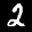
Label: 2